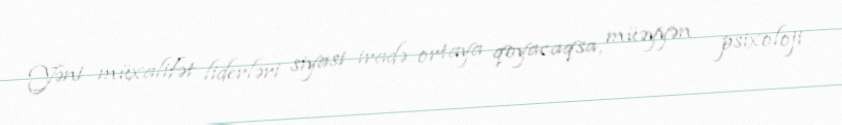
Yəni müxalifət liderləri siyasi iradə ortaya qoyacaqsa, müəyyən psixoloji